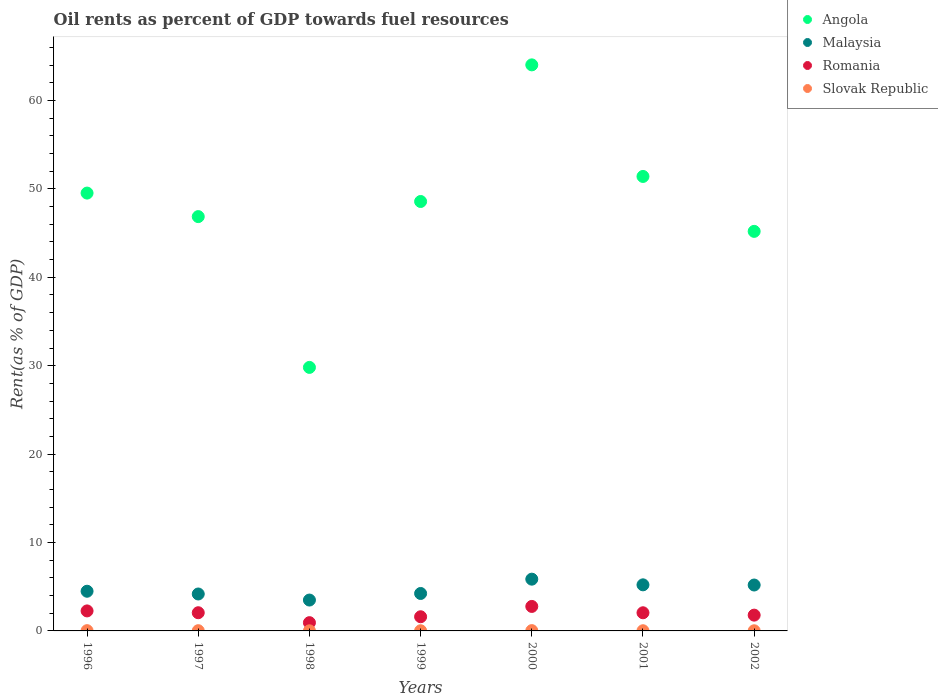
| Years | Angola | Malaysia | Romania | Slovak Republic |
 | --- | --- | --- | --- | --- |
 | 1996 | 49.5 | 4.49 | 2.26 | 0.0302 |
 | 1997 | 46.9 | 4.18 | 2.06 | 0.0253 |
 | 1998 | 29.8 | 3.49 | 0.935 | 0.0123 |
 | 1999 | 48.6 | 4.24 | 1.6 | 0.0198 |
 | 2000 | 64 | 5.85 | 2.77 | 0.034 |
 | 2001 | 51.4 | 5.21 | 2.05 | 0.0204 |
 | 2002 | 45.2 | 5.19 | 1.79 | 0.0174 |